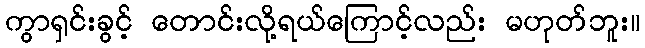
ကွာရှင်းခွင့် တောင်းလို့ရယ်ကြောင့်လည်း မဟုတ်ဘူး။